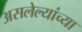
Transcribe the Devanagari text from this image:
असलेल्यांच्या